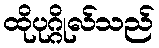
ထိုပုဂ္ဂိုလ်သည်